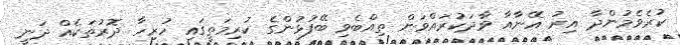
ކުރެވެމުންދާ އިރު އޭނާއާ ވާދަކުރައްވަން ތިއްބެވި ބޭފުޅުންގެ ކުރިމަތީގައި ހުރިހާ ދޮރުތަކެއް ދަނީ